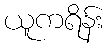
ယူကရိန်း